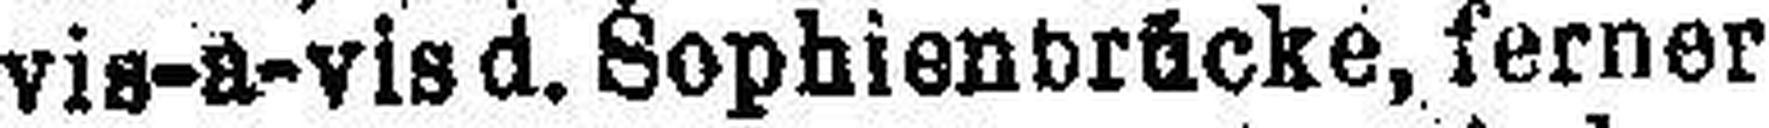
vis-a-vis d. Sophienbrücke, ferner